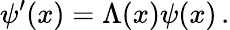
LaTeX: \psi^{\prime}(x)=\Lambda(x)\psi(x)\, .